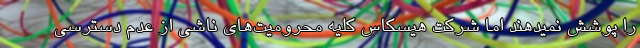
را پوشش نمیدهند اما شرکت هیسکاس کلیه محرومیت‌های ناشی از عدم دسترسی